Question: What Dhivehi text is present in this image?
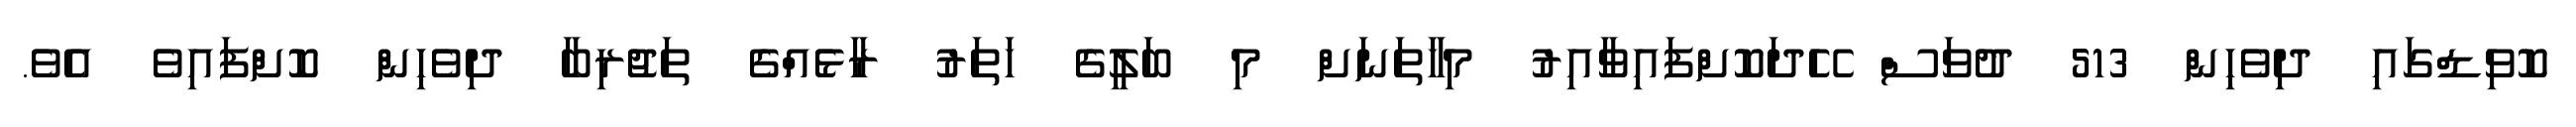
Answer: ކޮވިޑްގައި ދިވެހިން 513 ދުވަސް ހޭދަކޮށްފައިވާއިރު މިހާތަނަށް މި ބަލީގެ ހަތަރު ރާޅެއްގެ ތަޖުރިބާ ދިވެހިން ކޮށްފައިވެ އެވެ.